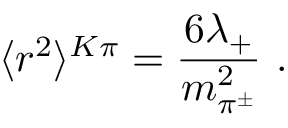
\langle r ^ { 2 } \rangle ^ { K \pi } = \frac { 6 \lambda _ { + } } { m _ { \pi ^ { \pm } } ^ { 2 } } \ .